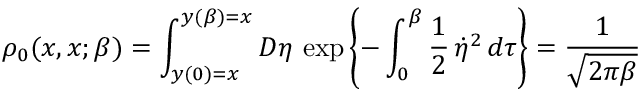
\rho _ { 0 } ( x , x ; \beta ) = \int _ { y ( 0 ) = x } ^ { y ( \beta ) = x } { \cal D } \eta \, \exp \left\{ - \int _ { 0 } ^ { \beta } \frac { 1 } { 2 } \, \dot { \eta } ^ { 2 } \, d \tau \right\} = \frac { 1 } { \sqrt { 2 \pi \beta } }